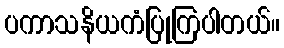
ပကာသနိယကံပြုကြပါတယ်။